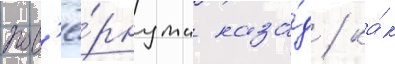
пов'ё́рнута наза́д / ка́к